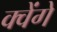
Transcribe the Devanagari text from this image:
क्वेंगे